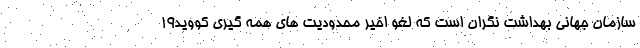
سازمان جهانی بهداشت نگران است که لغو اخیر محدودیت های همه گیری کووید۱۹